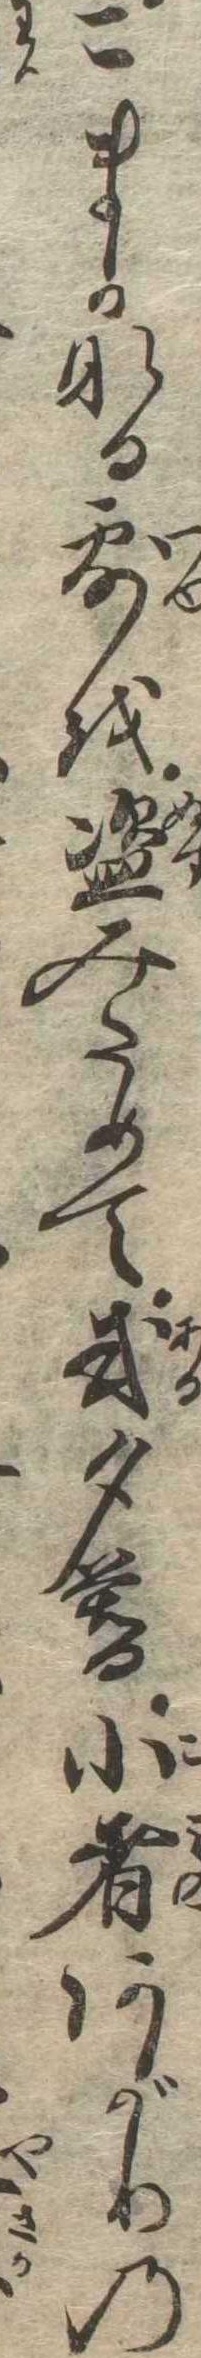
こまかなる露を盗みためて或夕暮小者あがりの